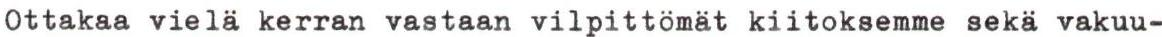
Ottakaa vielä kerran vastaan vilpittömät kiitoksemme sekä vakuu-